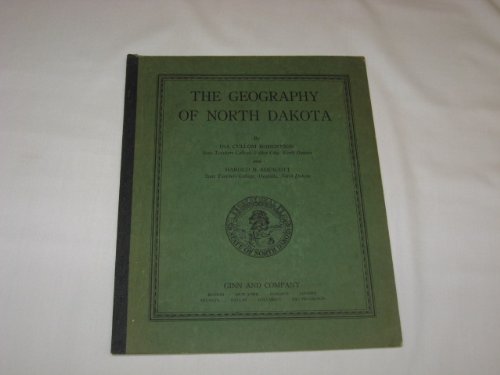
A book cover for The geography of North Dakota; Ina Cullom Robertson; Travel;